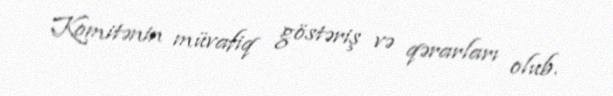
Komitənin müvafiq göstəriş və qərarları olub.